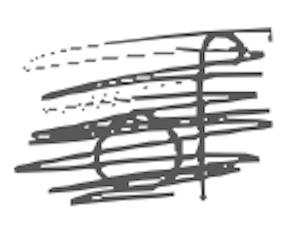
Text: of
Cross-out: scratch
Writing tool: digital_gray